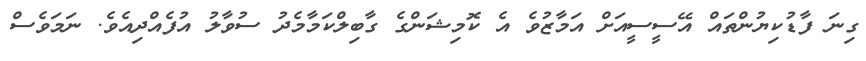
ގިނަ ފާޑުކިޔުންތައް އޭސީސީއަށް އަމާޒުވެ އެ ކޮމިޝަންގެ ގާބިލްކަމާމެދު ސުވާލު އުފެއްދިއެވެ. ނަމަވެސް